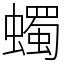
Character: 蠋